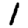
Digit: 1